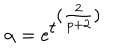
\alpha = e ^ { \textstyle t ^ { \textstyle ( \frac { 2 } { p + 2 } ) } }